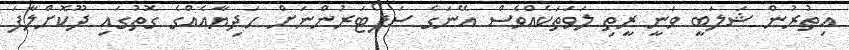
އިތުރުން ޝަލަބީ ވަނީ ރީތި ލަވަތަކެއްވެސް އޭނަގެ ސަޕޯޓަރުންނަށް ހަދިޔާއެއްގެ ގޮތުގައި ދޫކޮށްލާފަ